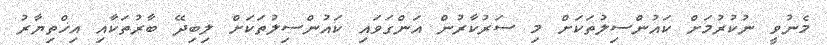
މެނުވީ ނުކުރުމަށް ކައުންސިލުތަކަށް މި ސަރުކާރުން އަންގަވައި ކައުންސިލުތަކަށް ލިބިދޭ ބާރުތަކާއި އިޚްތިޔާރު